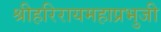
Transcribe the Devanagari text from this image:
श्रीहरिरायमहाप्रभुजी